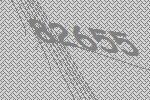
82655